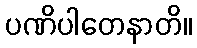
ပဏိပါတေနာတိ။